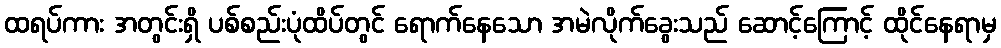
ထရပ်ကား အတွင်းရှိ ပစ်စည်းပုံထိပ်တွင် ရောက်နေသော အမဲလိုက်ခွေးသည် ဆောင့်ကြောင့် ထိုင်နေရာမှ